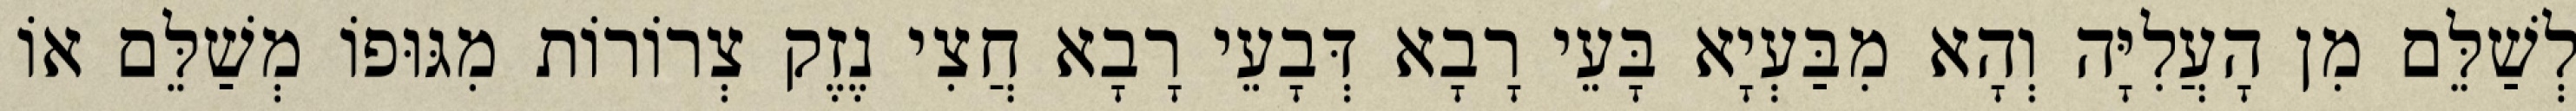
לְשַׁלֵּם מִן הָעֲלִיָּה וְהָא מִבַּעְיָא בָּעֵי רָבָא דְּבָעֵי רָבָא חֲצִי נֶזֶק צְרוֹרוֹת מִגּוּפוֹ מְשַׁלֵּם אוֹ